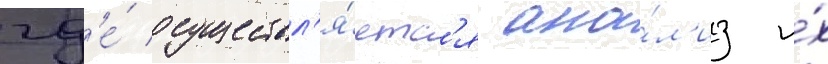
гд'е́ осуществл'я́етс'я ана́л'из и́х